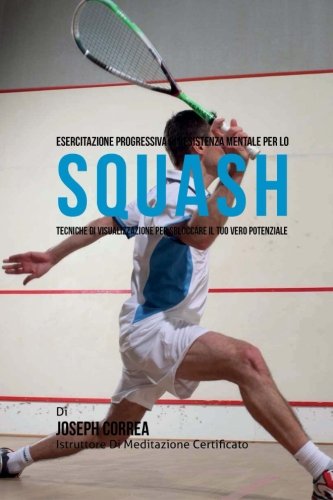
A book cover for Esercitazione progressiva di Resistenza Mentale per lo Squash: Tecniche di Visualizzazione per sbloccare il tuo vero potenziale (Italian Edition); Joseph Correa (Istruttore di Meditazione Certificato); Sports & Outdoors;